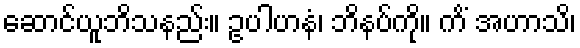
ဆောင်ယူဘိသနည်း။ ဥပါဟနံ၊ ဘိနပ်ကို။ ကိံ အဟာသိ၊